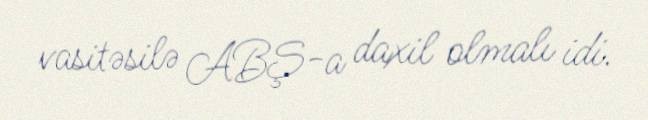
vasitəsilə ABŞ-a daxil olmalı idi.